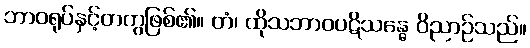
ဘာဝရုပ်နှင့်တကွဖြစ်၏။ တံ၊ ထိုသဘာဝပဋိသန္ဓေ ဝိညာဉ်သည်။